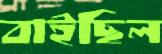
বাইছিল